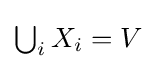
\textstyle \bigcup _{i}X_{i}=V